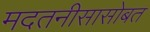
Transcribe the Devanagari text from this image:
मदतनीसासोबत